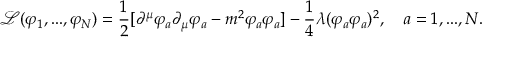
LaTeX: { \mathcal { L } } ( \varphi _ { 1 } , . . . , \varphi _ { N } ) = { \frac { 1 } { 2 } } [ \partial ^ { \mu } \varphi _ { a } \partial _ { \mu } \varphi _ { a } - m ^ { 2 } \varphi _ { a } \varphi _ { a } ] - { \frac { 1 } { 4 } } \lambda ( \varphi _ { a } \varphi _ { a } ) ^ { 2 } , \quad a = 1 , . . . , N .